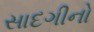
સાદગીનો